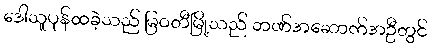
ဒေါသူပုန်ထခဲ့သည် မြဝတီမြို့သည် ဘဏ်အဆောက်အဦတွင်